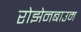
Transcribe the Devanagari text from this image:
रोझेनबाउम